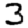
Digit: 3